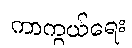
ကာကွယ်ရေး